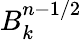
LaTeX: B_{k}^{n-1/2}